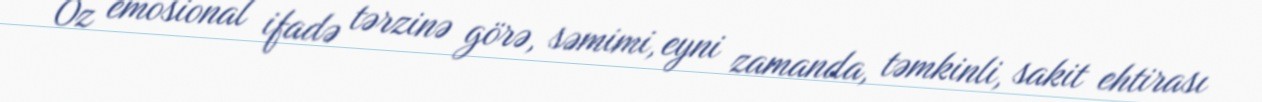
Öz emosional ifadə tərzinə görə, səmimi, eyni zamanda, təmkinli, sakit ehtirası